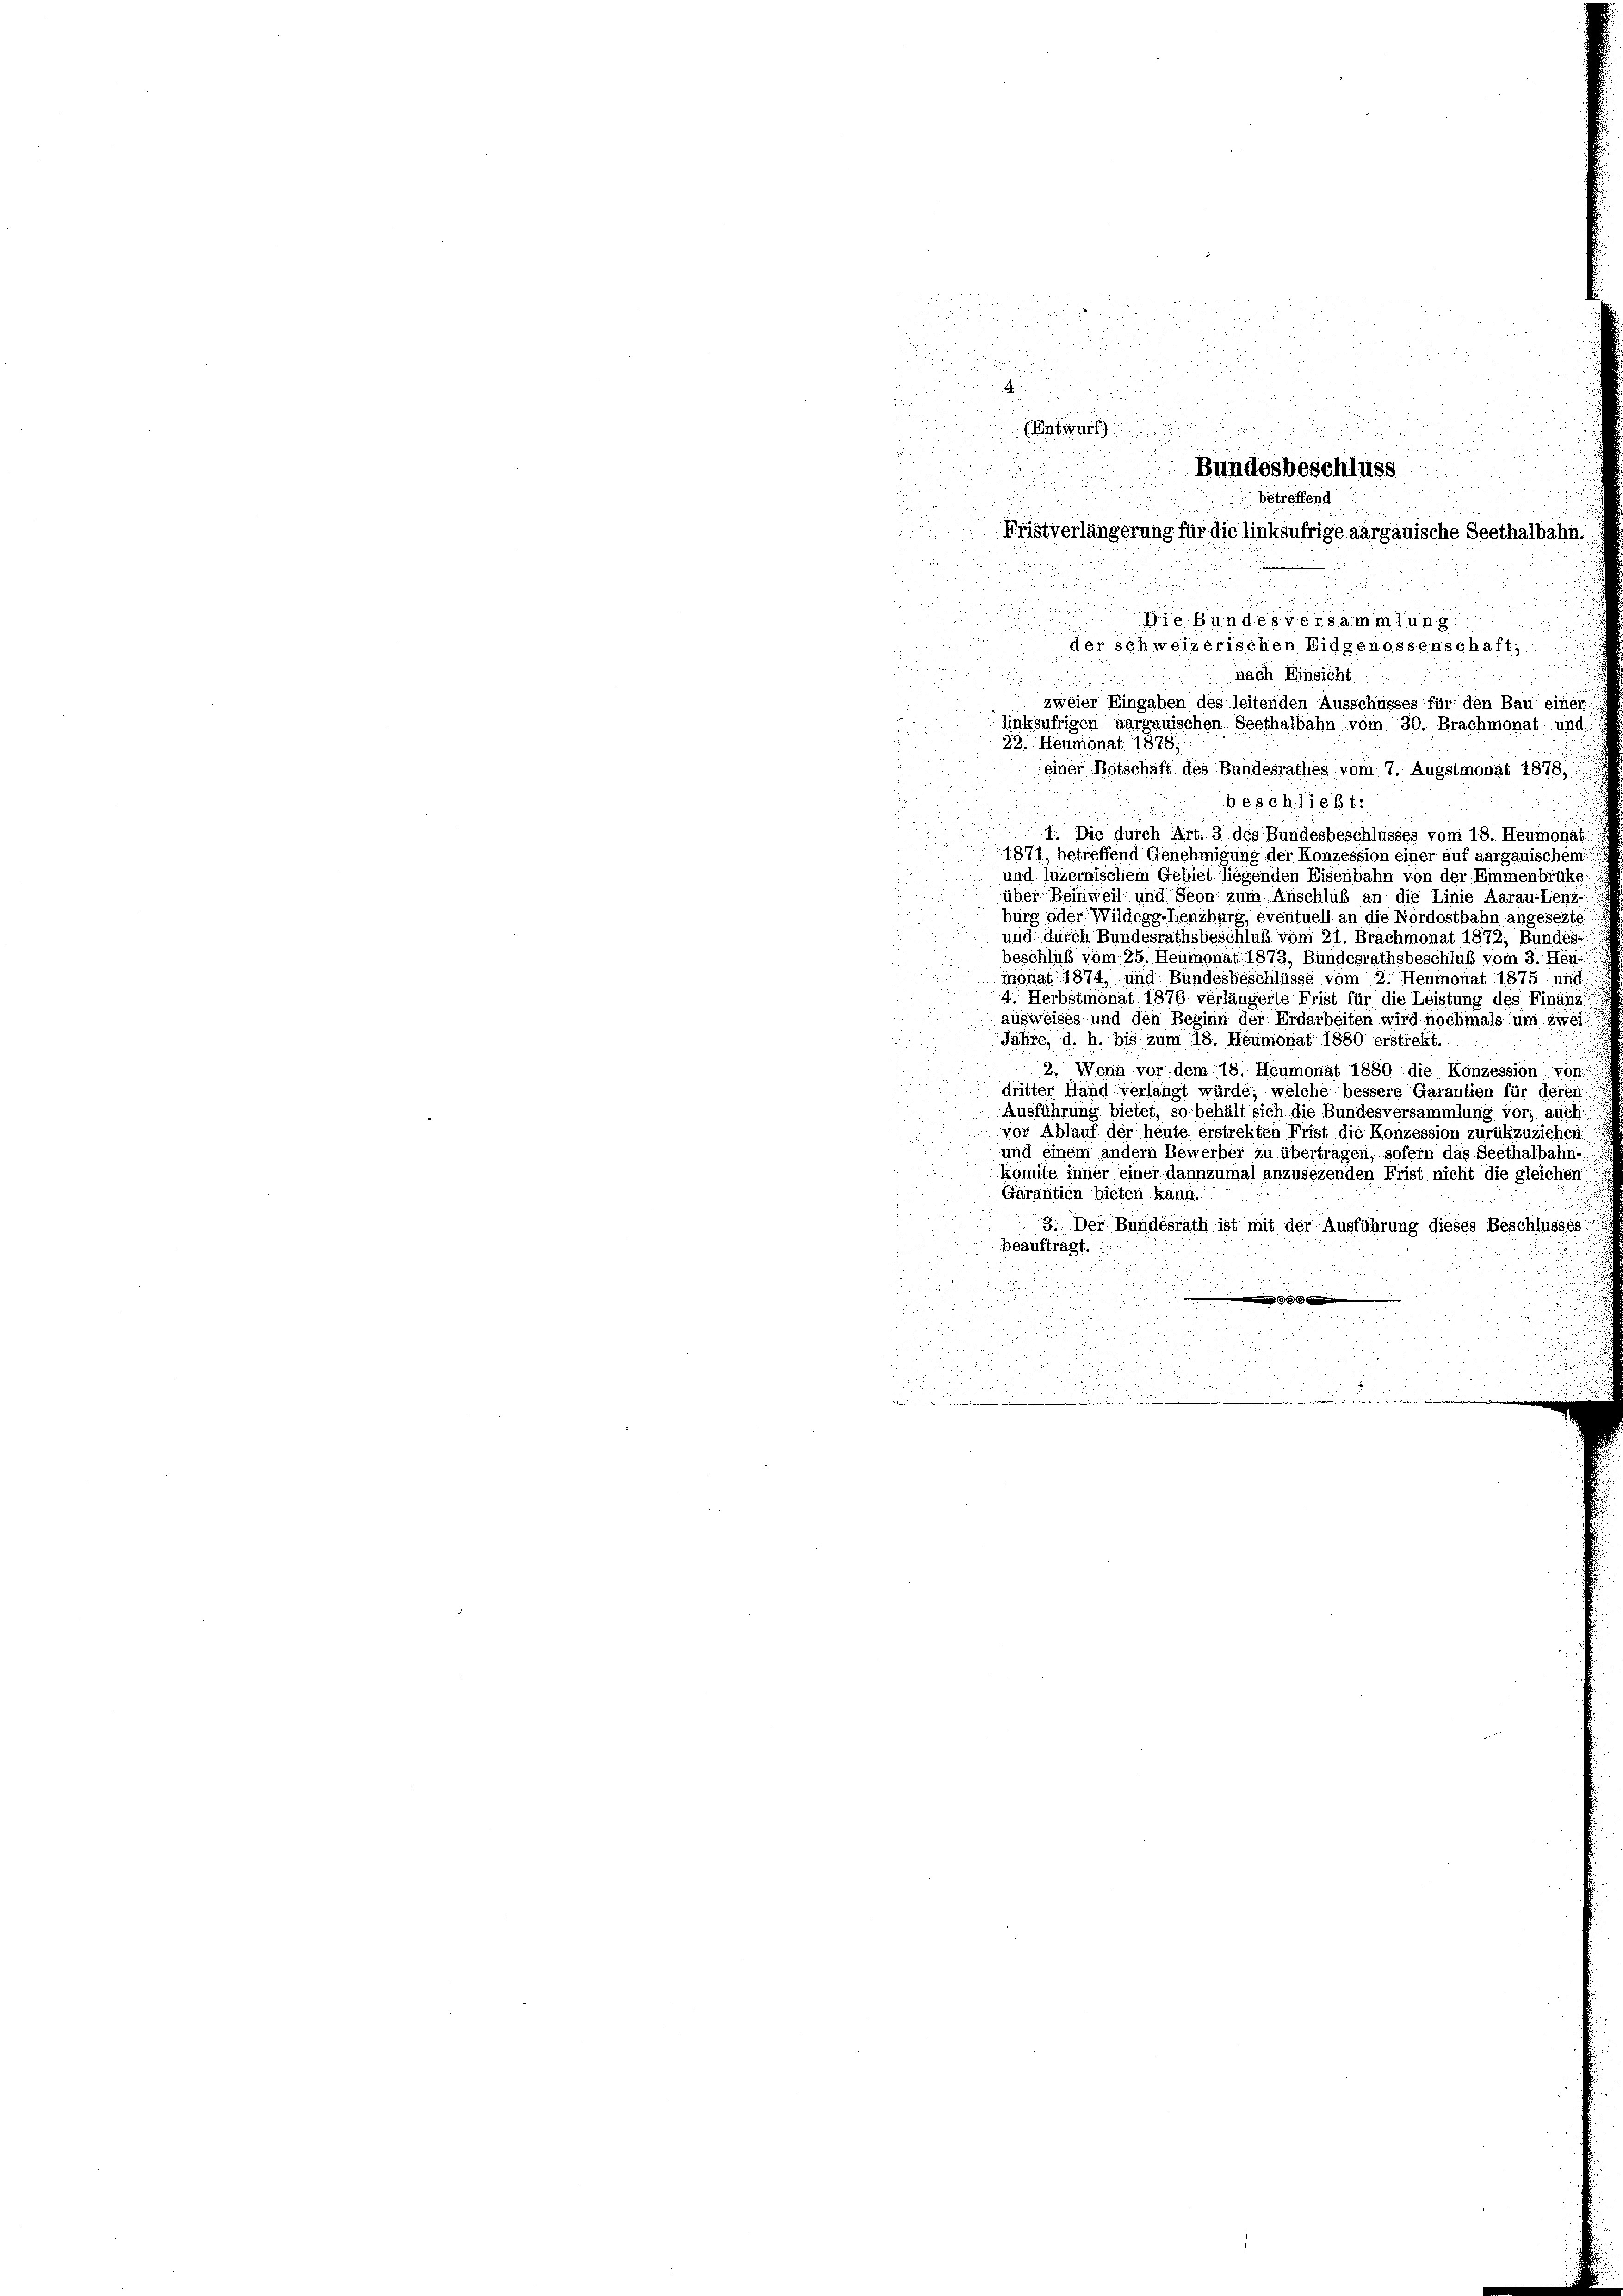
ud

.

u
.
Entwurf

beschließt:
n
I. Die durch Art. 3 des Bundesbeschlusses vom 18. Heumonat
1871, betreffend Genehmigung der Konzession einer auf aargauischem
und luzernischem Gebiet liegenden Eisenbahn von der Emmenbrükg
über Beinweil und Seon zum Anschluß an die Linie Aarau-Lenz
bürg oder Wildegg-Lenzburg, eventuell an die Nordostbahn angesezte
und durch Bundesrathsbeschluß vom 21. Brachmonat 1872, Bundes-
beschluß vom 25. Heumonat 1873, Bundesrathsbeschluß vom 3. Heu
u
monat 1874, und Bundesbeschlüsse vom 2. Heumonat 1875 und
4. Herbstmonat 1879 verlängerte Frist für die Leistung des Finanz
ausweises und den Beginn der Erdarbeiten wird nochmals um zwei
Jahre, d. h. bis zum 18. Heumonat 1880 erstrekt.
2. Wenn vor dem 18. Heumonat 1880 die Konzession von
dritter Hand verlangt würde, welche bessere Garantien für deren
Ausführung bietet, so behält sich die Bundesversammlung vor; auch
vor Ablauf der heute erstrekten Frist die Konzession zurükzuziehen
und einem andern Bewerber zu übertragen, sofern das Seethalbahn-
komite inner einer dannzumal anzusezenden Frist nicht die gleicher
Garantien bieten kann.
3. Der Bundesrath ist mit der Ausführung dieses Beschlusses
beauftragt.

1

i

u
.
u

.
.

Bundesbeschluss

betreffend
Fristverlängerung für die linksufrige aargauische Seethalbahn.
Die Bundesversammlung
der schweizerischen Eidgenossenschaft,
.
nach Einsicht

zweier Eingaben des leitenden Ausschusses für den Bau einer
linksufrigen aargauischen Seethalbahn vom 30. Brachmonat und:
22. Heumonat 1878.
einer Botschaft des Bundesrathes vom 7. Augstmonat 1878,